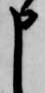
申